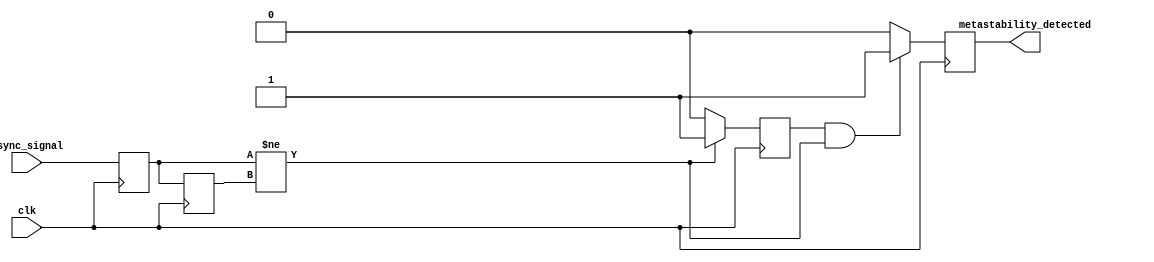
module metastability_detector (
    input wire clk,               // Clock signal
    input wire async_signal,      // Asynchronous input signal
    output reg metastability_detected // Output indication of metastability
);

    // Internal signals
    reg dff1_q;                  // Output of the first D flip-flop
    reg dff2_q;                  // Output of the second D flip-flop
    reg pulse;                   // Pulse signal for transition detection

    // D Flip-Flop 1
    always @(posedge clk) begin
        dff1_q <= async_signal;  // Sample the asynchronous signal
    end

    // D Flip-Flop 2
    always @(posedge clk) begin
        dff2_q <= dff1_q;        // Sample the output of the first D flip-flop
    end

    // Pulse Generation Logic
    always @(posedge clk) begin
        if (dff1_q != dff2_q) begin
            pulse <= 1'b1;        // Generate pulse on state change
        end else begin
            pulse <= 1'b0;        // Reset pulse if no change
        end
    end

    // Metastability Detection Logic
    always @(posedge clk) begin
        if (pulse && (dff1_q != dff2_q)) begin
            metastability_detected <= 1'b1; // Indicate metastability detected
        end else begin
            metastability_detected <= 1'b0; // Clear indication
        end
    end

endmodule